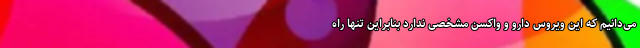
می‌دانیم که این ویروس دارو و واکسن مشخصی ندارد بنابراین تنها راه